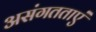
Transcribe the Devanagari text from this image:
असंगतताएं